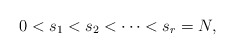
\begin{align*}0 < s_1 < s_2 < \cdots < s_r = N,\end{align*}